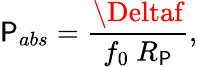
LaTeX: \mathsf{P}_{abs}=\frac{{\Deltaf}}{{f_{0}\ R_{\mathsf{P}}}},